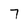
Character: 7